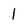
Character: 1